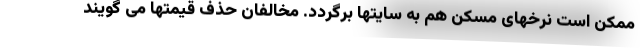
ممکن است نرخهای مسکن هم به سایتها برگردد. مخالفان حذف قیمتها می گویند